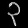
Digit: ၃